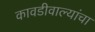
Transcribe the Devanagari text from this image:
कावडीवाल्यांचा